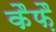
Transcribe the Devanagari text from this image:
कैफ़ै